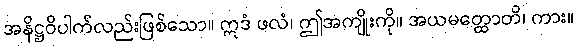
အနိဋ္ဌဝိပါက်လည်းဖြစ်သော။ ဣဒံ ဖလံ၊ ဤအကျိုးကို။ အယမတ္ထောတိ၊ ကား။